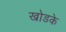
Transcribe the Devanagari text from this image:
खोडके